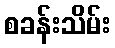
စခန်းသိမ်း